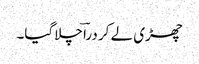
چھڑی لے کر دراؔ چلاگیا۔